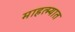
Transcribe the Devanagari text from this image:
माहत्म्यात